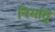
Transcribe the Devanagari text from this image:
निर्मातुं